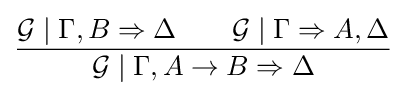
{\frac {{\mathcal {G}}\mid \Gamma ,B\Rightarrow \Delta \qquad {\mathcal {G}}\mid \Gamma \Rightarrow A,\Delta }{{\mathcal {G}}\mid \Gamma ,A\to B\Rightarrow \Delta }}